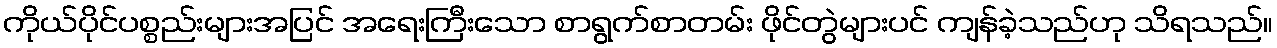
ကိုယ်ပိုင်ပစ္စည်းများအပြင် အရေးကြီးသော စာရွက်စာတမ်း ဖိုင်တွဲများပင် ကျန်ခဲ့သည်ဟု သိရသည်။